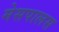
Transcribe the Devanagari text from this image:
मेसपालस